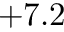
+ 7 . 2